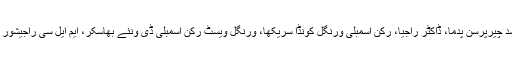
اس موقع پر ڈپٹی چیف منسٹر کڈیم سری ہری، ضلع پریشد چیرپرسن پدما، ڈاکٹر راجیا، رکن اسمبلی ورنگل کونڈا سریکھا، ورنگل ویسٹ رکن اسمبلی ڈی ونئے بھاسکر، ایم ایل سی راجیشور ریڈی، مدھو سدن چاری، ار رمیش و دیگر موجود تھے۔